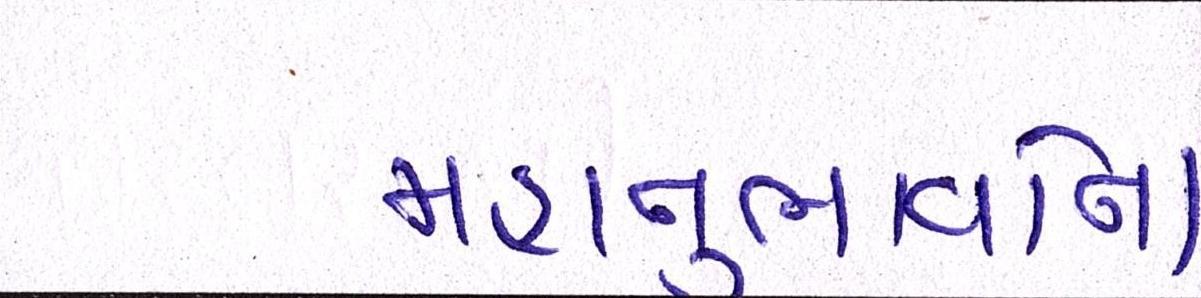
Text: મહાનુભાવોના